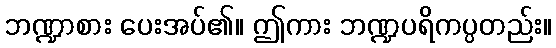
ဘဏ္ဍာစား ပေးအပ်၏။ ဤကား ဘဏ္ဍပရိကပ္ပတည်း။